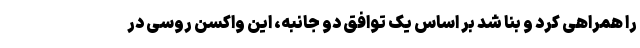
را همراهی کرد و بنا شد بر اساس یک توافق دو جانبه، این واکسن روسی در